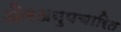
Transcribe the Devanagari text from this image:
औरअनुपचारित